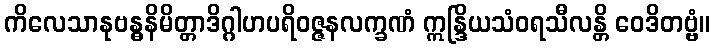
ကိလေသာနုဗန္ဓနိမိတ္တာဒိဂ္ဂါဟပရိဝဇ္ဇနလက္ခဏံ ဣန္ဒြိယသံဝရသီလန္တိ ဝေဒိတဗ္ဗံ။